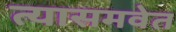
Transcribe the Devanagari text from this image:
त्यासमवेत